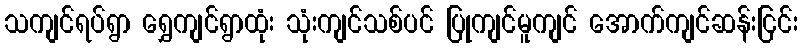
သကျင်ရပ်ရွာ ရွှေကျင်ရွာထုံး သုံးကျင်သစ်ပင် ပြုကျင်မူကျင် အောက်ကျင်ဆန်းငြင်း